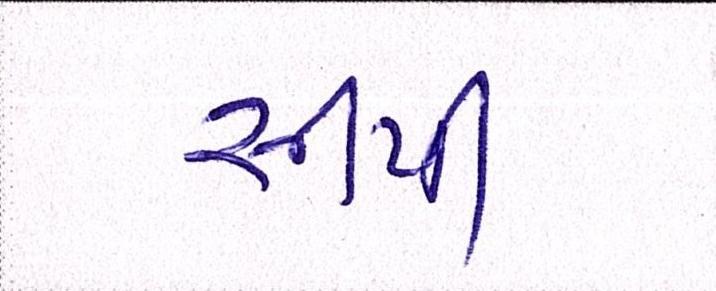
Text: સીપી